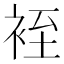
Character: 䘭